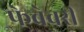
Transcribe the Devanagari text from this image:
फेब्रेवरी